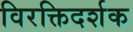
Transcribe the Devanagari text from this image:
विरक्तिदर्शक